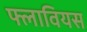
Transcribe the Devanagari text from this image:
फ्लावियस